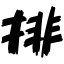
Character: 排